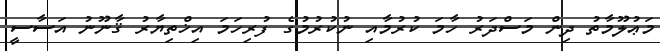
މަޢުލޫމާތު ދިން މަސްދަރު ހާމަ ކުރުމާއި ނުކުރުމުގެ ފުރިހަމަ އިޚްތިޔާރު ޤާނޫނު އަސާސީ